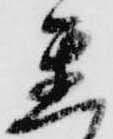
達